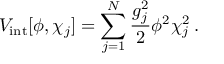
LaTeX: V _ { \mathrm { i n t } } [ \phi , \chi _ { j } ] = \sum _ { j = 1 } ^ { N } \frac { g _ { j } ^ { 2 } } { 2 } \phi ^ { 2 } \chi _ { j } ^ { 2 } \: .